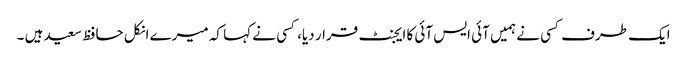
ایک طرف کسی نے ہمیں آئی ایس آئی کا ایجنٹ قرار دیا، کسی نے کہا کہ میرے انکل حافظ سعید ہیں ۔